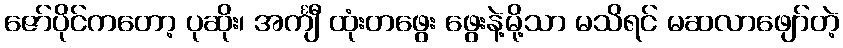
ဇော်ပိုင်ကတော့ ပုဆိုး၊ အင်္ကျီ ထုံးတဖွေး ဖွေးနဲ့မို့သာ မသိရင် မဆလာဖျော်တဲ့